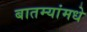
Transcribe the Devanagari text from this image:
बातम्यांमधे